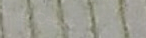
We Deliver